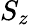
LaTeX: S_{z}